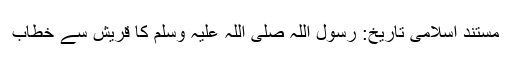
مستند اسلامی تاریخ: رسول اللہ صلی اللہ علیہ وسلم کا قریش سے خطاب